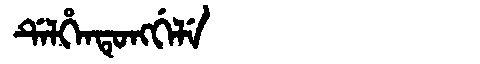
Manchu: ᡩᡝᠯᡥᡝᠨᡨᡠᠩᡤᡝᠯᡝ
Romanization: DELHENTUNGGELE